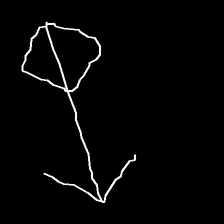
Glyph: focus